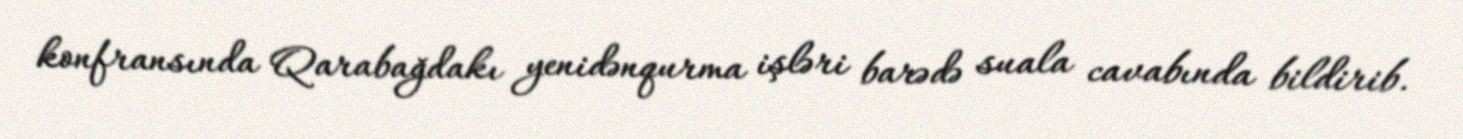
konfransında Qarabağdakı yenidənqurma işləri barədə suala cavabında bildirib.